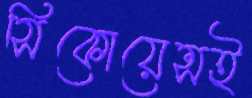
সিকোয়েন্সই